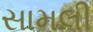
સામલી